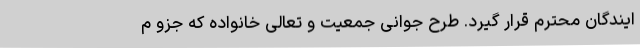
ایندگان محترم قرار گیرد. طرح جوانی جمعیت و تعالی خانواده که جزو م